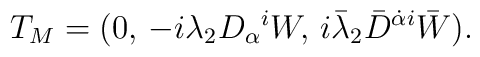
T_M = (0,\, -i\lambda _2 D_{\alpha }{}^i W,\,i \bar\lambda _2 \bar D^{\dot\alpha i} \bar W ).